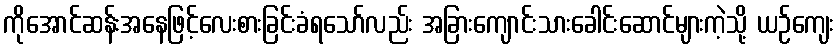
ကိုအောင်ဆန်းအနေဖြင့်လေးစားခြင်းခံရသော်လည်း အခြားကျောင်းသားခေါင်းဆောင်များကဲ့သို့ ယဉ်ကျေး